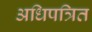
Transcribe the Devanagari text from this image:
अधिपत्रित